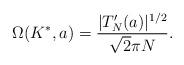
LaTeX: \begin{align*} \Omega(K^*,a)=\frac{|T_N'(a)|^{1/2}}{\sqrt 2 \pi N}.\end{align*}